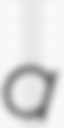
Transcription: a